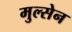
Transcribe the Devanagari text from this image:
मुल्सेन